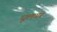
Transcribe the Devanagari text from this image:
धूलगर